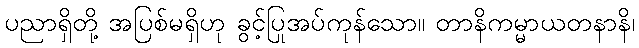
ပညာရှိတို့ အပြစ်မရှိဟု ခွင့်ပြုအပ်ကုန်သော။ တာနိကမ္မာယတနာနိ၊